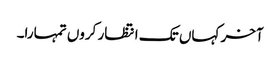
آخر کہاں تک انتظار کروں تمہارا۔